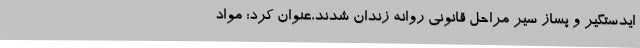
‌ایدستگیر و پساز سیر مراحل قانونی روانه زندان شدند،عنوان کرد: مواد